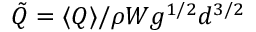
\tilde { Q } = \langle Q \rangle / \rho W g ^ { 1 / 2 } d ^ { 3 / 2 }